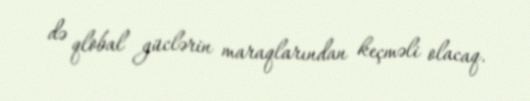
də qlobal güclərin maraqlarından keçməli olacaq.